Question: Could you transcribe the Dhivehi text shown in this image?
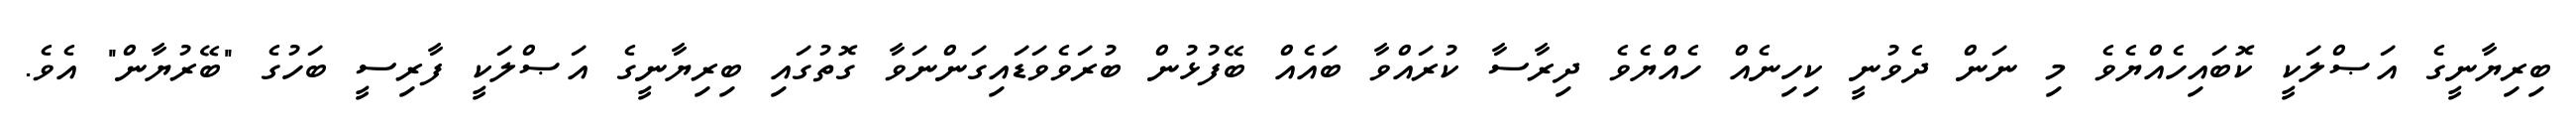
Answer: ބިރިޔާނީގެ އަޞްލަކީ ކޮބައިހެއްޔެވެ މި ނަން ދެވުނީ ކިހިނެއް ހެއްޔެވެ ދިރާސާ ކުރައްވާ ބައެއް ބޭފުޅުން ބުރަވެވަޑައިގަންނަވާ ގޮތުގައި ބިރިޔާނީގެ އަޞްލަކީ ފާރިސީ ބަހުގެ "ބޭރުޔާން" އެވެ.